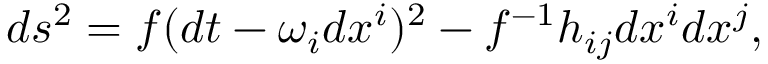
d s ^ { 2 } = f ( d t - \omega _ { i } d x ^ { i } ) ^ { 2 } - f ^ { - 1 } h _ { i j } d x ^ { i } d x ^ { j } ,